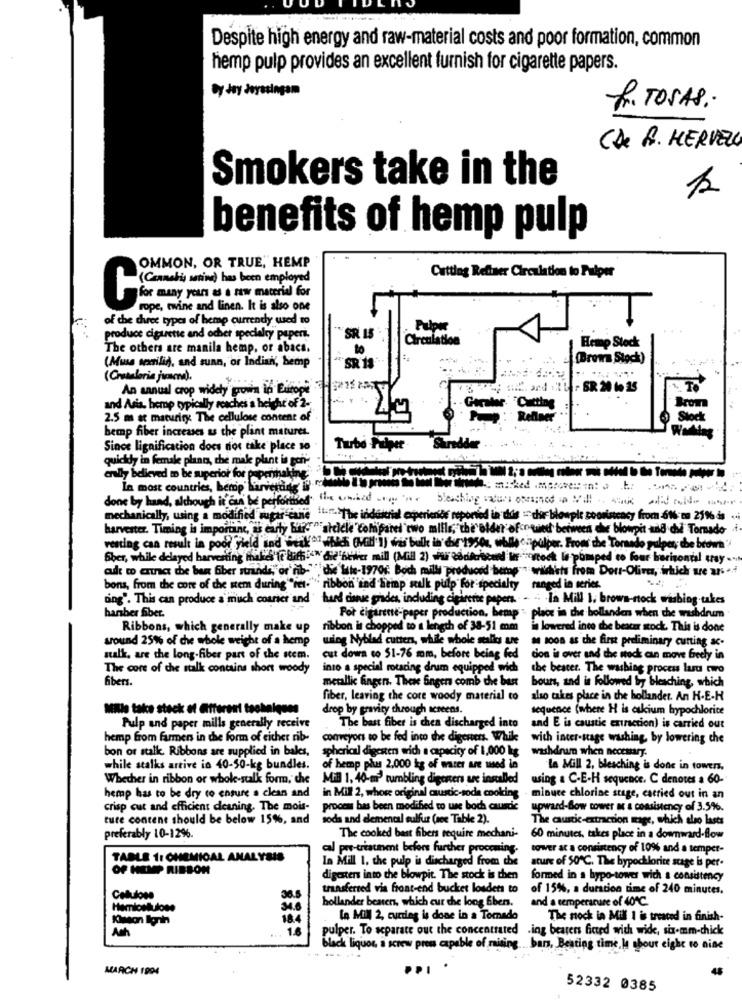
Despite high energy and raw-material costs and poor formation, common
hemp pulp provides an excellent furnish for cigarette papers.
by day Jeresingom
R. TOSAS:
(D. R. HERVELL
Smokers take in the
benefits of hemp pulp
OMMON, OR TRUE, HEMP
(Cannabis sativa) has been employed
Cutting Refiner Circulation to Putper
rope, twine and linen. It is also one
of the curec types of hemp currently used to
Pulpit
produce cigarette and ocher specialty papert.
SR 15
Circulation
The others are manila hemp, or abaca.
to
Hemp Stock
(Muss semilig, and sunn, or Indiai, hemp
2 (Brems Stock)
SR 11
(Chamadaria june).
An annual crop widely grown in Europe 6221 24;
Brom
and Asia, hemp typically reaches a height of 2-
Goraler Cutting
2.5 m at maturity The cellulose content of
Refiner
Si
bemp fiber increases as the plint matures.
Since lignificacion does not take place 10
Tuube Filper
Shredder
quickdy in female plant, che male plant is son-
erally believed to be superior for papermaking.
In most countries, hemp investice do
done by hand, although it can be performed
the united como. Steching values opened up VI os alidadde
harvester. Timing is import peynir
mechanically, using a modified sugar cane
turThe industrial experiendf reported in dos : chir blowple coodstcacy from :61% to 21% às ...
portane, as early bird"" aicicle "Comparei two mills, the elder ofor wied between the blowpit add di Tornado
resting can result in poor field and weak*" which (Mit'I) was bulk in due 1950%, while ourpulper. From the Tornado pulper, the brown'
Sber, while delayed harvesting makes it Bach """ die"butier mill (Mill 2) what cocifreeand ME "stock Is pumped to four horizontal way ..
adt wo arna the bar biber strands, or nib-"" die lite-19701 Boch milli produced bemnp " wildists from Dort-Olive, which ue a7% +f
bons, from the core of the stem during "iet."
f." ribbon ind Hemp stalk pulp for specialty ranged in series.
ding". This can produce a much courses and ' hund disse grades, including cigireree pepers. -- -- In Mill 1. brown-stock wishing takes
Por cigarette-paper production, hemp " place in che bollanden when the washdrum
hansber fiber.
Ribbons, which generally make up
ribbon is chopped to a length of 38-51 mm in lowered into the beatmr sock. This is done
around 25% of che whole weight of a hemp
wing Nyblad cutten, while whole mealks une
as soon as the first preliminary cutting ac-
salk, are the long-fiber part of the stem.
cut down co 51-76 mm, before being fed
dion is over and the stock can move freely in
The core of the stalk contains short woody
into a special rotaring drum equipped wich the beacer. The washing process last two
fibers.
metallic fingen. These Singen comb the best
bours, and is followed by bleaching, which
fiber, leaving the core woody material to
also takes place in the hollander. An K.E.H
Mille take stack of Afferent techniques
drop by gravity through screens.
sequence (where H is cskium hypochlorice
Pulp and paper mills generally receive
The bast fiber is chen discharged into
and E is caustic extraction) is carried out
hemp from farmen in the form of either rib-
conveyors so be fed into the digesens. Whik
wich inter-stage washing, by lowering che
bon or stalk. Ribbons are supplied in bales,
spherical digesten with a capacity of 1,000 kg washdrum when necesary.
while stalks arrive in 40-50-kg bundles.
of hemp plus 2,000 kg of water are used in
la Mill 2, bleaching is done in towers,
Whether in ribbon or whok-stalk form, che
Mil 1, 40-m' tumbling digeners are installed
using & C-E-H sequence, C denoves a 60-
hemp has to be dry to ensure a clean and
in Mill 2, whose original caustic-soda cooking
- minuce chlorine stage, carried out in an
crisp cut and efficient deaning. The mois-
process has been modified to use boch causdie
upward-Bow tower ac a consistency of 3.5%.
ture content should be below 15%, and
soda and clemencal sulfur (see Table 2).
The caustic-extraction mage, which also lasts
preferably 10-12%.
The cooked bast fibers require mechani-
60 minutes, takes place in a downward-flow
cal pre-treatment before further proccning-
tower at a consistency of 10% and a temper-
TABLE 1: CHEMICAL ANALYSIS
In Mill 1. the pulp is discharged from the
ature of 50℃. The bypochlorice stage is per.
OF HEMP RIBBON
digesters into the blowpit. The stock is then
formed in a hypo-tower with a consistency
transferred via front-end bucket losdets to
of 15%, a duration time of 240 minutes.
Celulose
hollander beaten, which cur the long Gben.
and a temperature of 40 ℃.
Hemlosbulone
la Mil 2, curring is done in a Tomado
The nock in Mil 1 is treated in finish-
Ach
pulper. To separate out the concentrated
.ing bearers ficted with wide, six-mm-thick
..
black liquor, a screw pren capable of mising. . bars, Beating time, la shour eight to nine
MARCH 1994
52332 0385